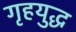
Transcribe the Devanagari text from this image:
गृहयुद्ध